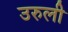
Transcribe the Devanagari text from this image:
उरुली